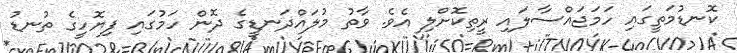
ކޮނޑުމަތީގައި ހަމަޖައްސާލައި ރީތިކޮށްލި އެވެ. ވާތު މުލައްދަނޑީގެ ދޮން ހަމުގައި ފިޔޮހީގެ ތުނޑު